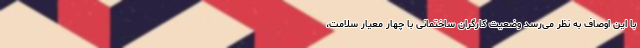
با این اوصاف به نظر می‌رسد وضعیت کارگران ساختمانی با چهار معیار سلامت،